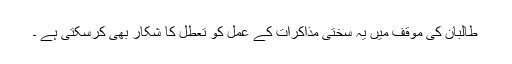
طالبان کی موقف میں یہ سختی مذاکرات کے عمل کو تعطل کا شکار بھی کرسکتی ہے ۔